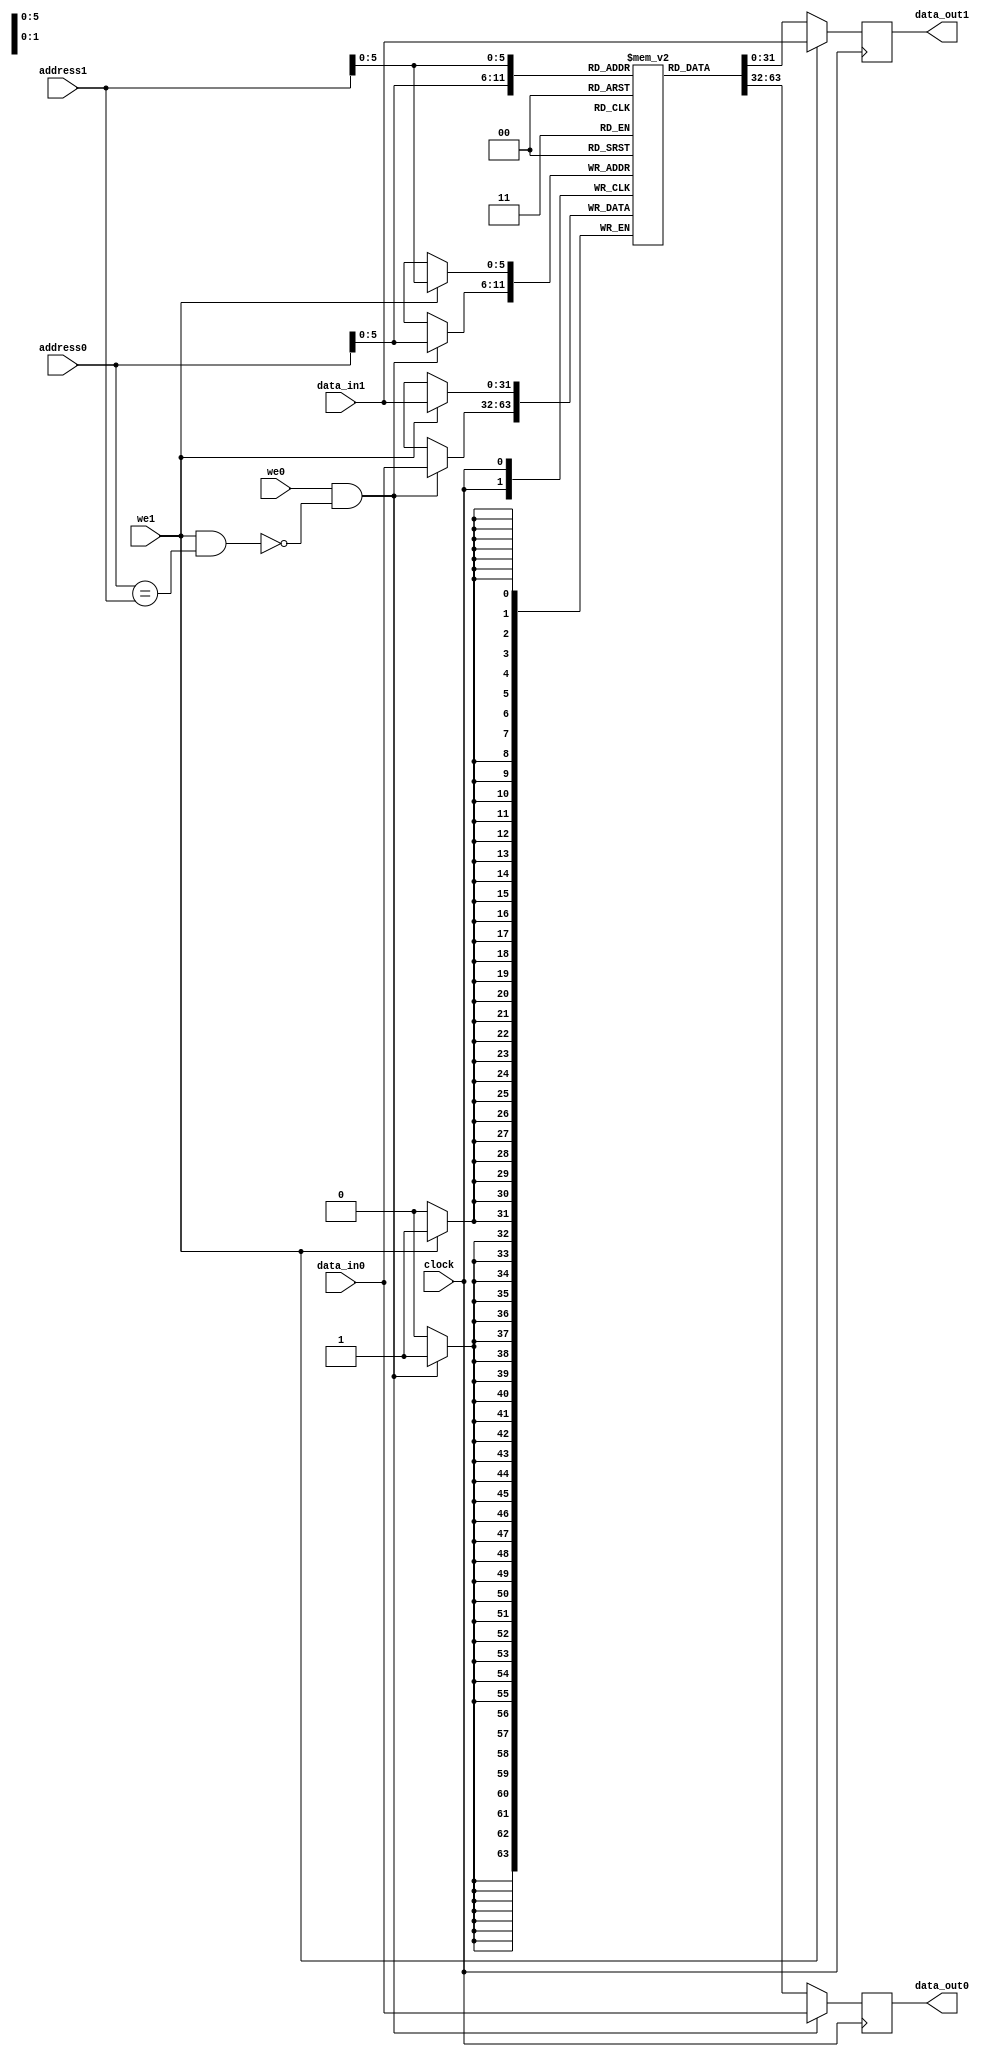
`timescale 1ns / 1ps
//////////////////////////////////////////////////////////////////////////////////
// Company: 
// Engineer: 
// 
// Design Name: 
// Module Name: dual_port_ram
// Project Name: 
// Target Devices: 
// Tool Versions: 
// Description: 
// 
// Dependencies: 
// 
// Revision:
// Revision 0.01 - File Created
// Additional Comments:
// 
//////////////////////////////////////////////////////////////////////////////////


/** @module : dual_port_ram
 *  @author : Adaptive & Secure Computing Systems (ASCS) Laboratory

 *  Copyright (c) 2018 BRISC-V (ASCS/ECE/BU)
 *  Permission is hereby granted, free of charge, to any person obtaining a copy
 *  of this software and associated documentation files (the "Software"), to deal
 *  in the Software without restriction, including without limitation the rights
 *  to use, copy, modify, merge, publish, distribute, sublicense, and/or sell
 *  copies of the Software, and to permit persons to whom the Software is
 *  furnished to do so, subject to the following conditions:
 *  The above copyright notice and this permission notice shall be included in
 *  all copies or substantial portions of the Software.

 *  THE SOFTWARE IS PROVIDED "AS IS", WITHOUT WARRANTY OF ANY KIND, EXPRESS OR
 *  IMPLIED, INCLUDING BUT NOT LIMITED TO THE WARRANTIES OF MERCHANTABILITY,
 *  FITNESS FOR A PARTICULAR PURPOSE AND NONINFRINGEMENT. IN NO EVENT SHALL THE
 *  AUTHORS OR COPYRIGHT HOLDERS BE LIABLE FOR ANY CLAIM, DAMAGES OR OTHER
 *  LIABILITY, WHETHER IN AN ACTION OF CONTRACT, TORT OR OTHERWISE, ARISING FROM,
 *  OUT OF OR IN CONNECTION WITH THE SOFTWARE OR THE USE OR OTHER DEALINGS IN
 *  THE SOFTWARE.
 */

module dual_port_ram
#(
parameter
DATA_WIDTH    = 32,
ADDRESS_WIDTH = 32,
INDEX_BITS    = 6
)
(
input clock,
input we0, we1,
input  [DATA_WIDTH-1:0]    data_in0, 
input  [DATA_WIDTH-1:0]    data_in1, 
input  [ADDRESS_WIDTH-1:0] address0,
input  [ADDRESS_WIDTH-1:0] address1,
output reg [DATA_WIDTH-1:0] data_out0,
output reg [DATA_WIDTH-1:0] data_out1
);
	
localparam RAM_DEPTH = 1 << INDEX_BITS;

reg [DATA_WIDTH-1:0] mem [0:RAM_DEPTH-1];

wire port0_we;

assign port0_we = we0 & ~(we1 & (address0 == address1));

// port A
always@(posedge clock)begin
  if(port0_we) begin
    mem[address0] <= data_in0;
	  data_out0     <= data_in0;
  end
  else begin
	  data_out0 <= mem[address0];
  end
end

// port B
always@(posedge clock)begin
  if(we1) begin
    mem[address1]  <= data_in1;
	  data_out1      <= data_in1;
  end
  else begin
	  data_out1 <= mem[address1];
  end
end


endmodule